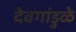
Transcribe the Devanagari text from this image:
देवगांडुळे